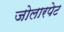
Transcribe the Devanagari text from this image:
जोलारपेट